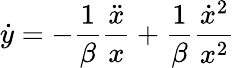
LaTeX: \dot{y}=-\frac{1}{\beta}\frac{\ddot{x}}{x}+\frac{1}{\beta}\frac{\dot{x}^{2}}{x^{2}}